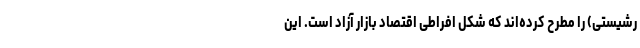
رشیستی) را مطرح کرده‌اند که شکل افراطی اقتصاد بازار آزاد است. این